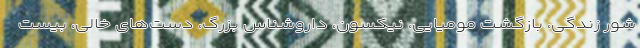
شور زندگی، بازگشت مومیایی، نیکسون، داروشناس بزرگ، دست‌های خالی، بیست